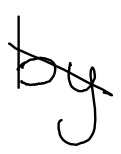
Text: by
Cross-out: diagonal
Writing tool: digital_black